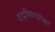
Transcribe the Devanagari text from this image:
वादविवादांपेक्षा